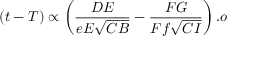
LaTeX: ( t - T ) \propto \left( { \frac { D E } { e E { \sqrt { C B } } } } - { \frac { F G } { F f { \sqrt { C I } } } } \right) . o